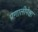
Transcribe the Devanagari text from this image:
प्रणालीपेक्षा